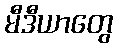
မီဒီယာတွေ